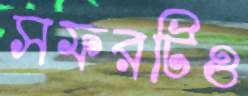
সফরটিও